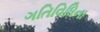
ગતિવિધિના